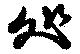
処